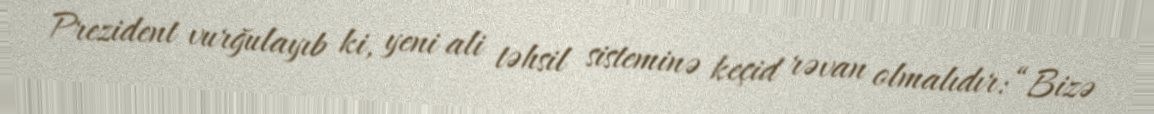
Prezident vurğulayıb ki, yeni ali təhsil sisteminə keçid rəvan olmalıdır: “Bizə